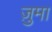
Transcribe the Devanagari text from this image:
ज़ुमा